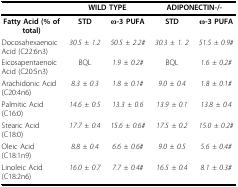
|  | <COLSPAN=2> WILD TYPE | <COLSPAN=2> ADIPONECTIN-/- |
 | --- | --- | --- | --- | --- |
 | Fatty Acid (% of total) | STD | ω-3 PUFA | STD | ω-3 PUFA |
 | Docosahexaenoic Acid (C22:6n3) | 30.5 ± 1.2 | 50.5 ± 2.2# | 30.3 ± 1. 2 | 51.5 ± 0.9# |
 | Eicosapentaenoic Acid (C20:5n3) | BQL | 1.9 ± 0.2# | BQL | 1.6 ± 0.2# |
 | Arachidonic Acid (C20:4n6) | 8.3 ± 0.3 | 1.8 ± 0.1# | 9.0 ± 0.4 | 1.8 ± 0.1# |
 | Palmitic Acid (C16:0) | 14.6 ± 0.5 | 13.3 ± 0.6 | 13.9 ± 0.1 | 13.8 ± 0.4 |
 | Stearic Acid (C18:0) | 17.7 ± 0.4 | 15.6 ± 0.6# | 17.5 ± 0.2 | 15.0 ± 0.2# |
 | Oleic Acid (C18:1n9) | 8.8 ± 0.4 | 6.6 ± 0.6# | 9.0 ± 0.5 | 5.6 ± 0.4# |
 | Linoleic Acid (C18:2n6) | 16.0 ± 0.7 | 7.7 ± 0.4# | 16.5 ± 0.4 | 8.1 ± 0.3# |